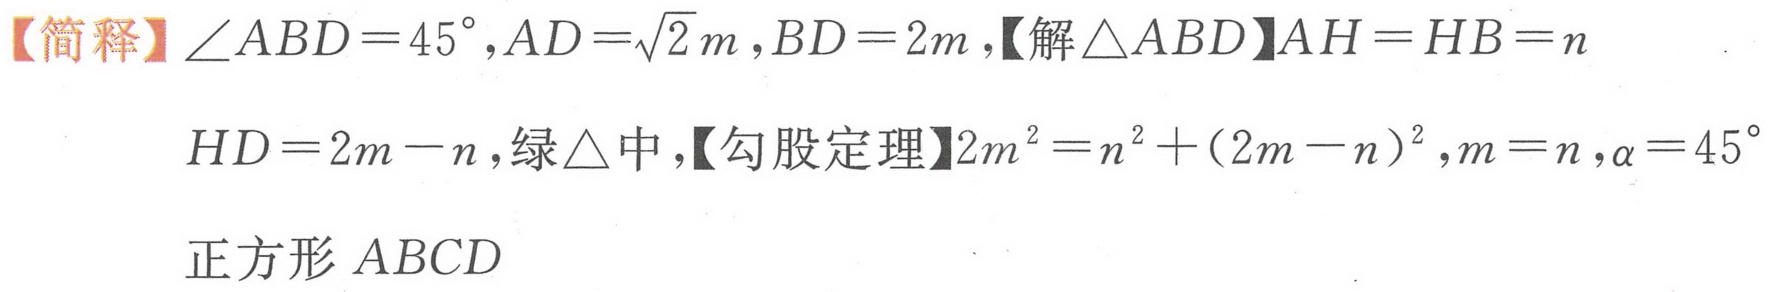
【简释】\(\angle ABD = 45^{\circ},AD=\sqrt{2}m,BD = 2m\)，【解\(\triangle ABD\)】\(AH = HB=n\)
\(HD=2m - n\)，绿\(\triangle\)中，【勾股定理】\(2m^{2}=n^{2}+(2m - n)^{2},m = n,\alpha = 45^{\circ}\)
正方形 \(ABCD\)